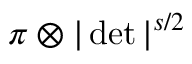
\pi \otimes | \operatorname* { d e t } | ^ { s / 2 }